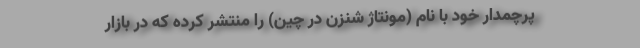
پرچمدار خود با نام (مونتاژ شنزن در چین) را منتشر کرده که در بازار